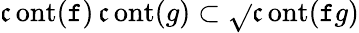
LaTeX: \operatorname{\mathfrak{c}ont}(\mathtt{f})\operatorname{\mathfrak{c}ont}(g)\subset{\sqrt{}{{\operatorname{\mathfrak{c}ont}(\mathtt{f}g)}}}